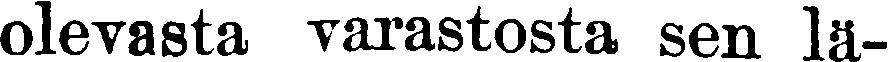
olevasta varastosta sen lä-